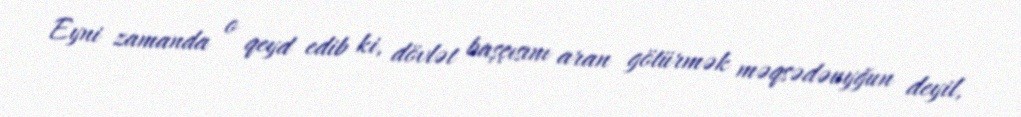
Eyni zamanda o qeyd edib ki, dövlət başçısını aran götürmək məqsədəuyğun deyil,